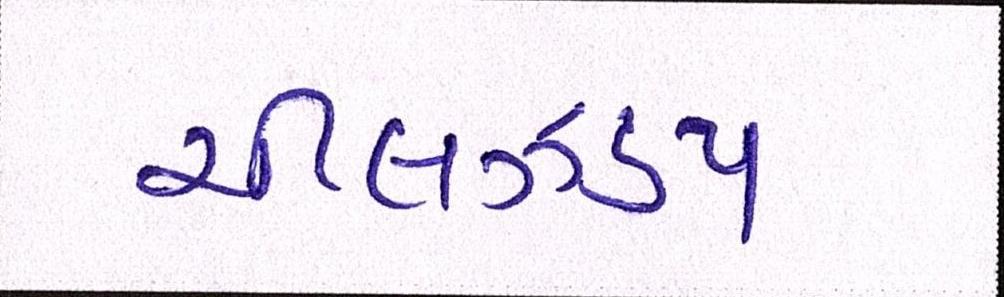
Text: ચીલઝડપ